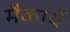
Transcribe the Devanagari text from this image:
मैकार्थे